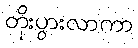
တိုးပွားလာကာ